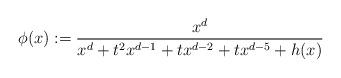
LaTeX: \begin{align*}{}\phi(x):=\frac{x^{d}}{x^d+t^2x^{d-1}+tx^{d-2}+tx^{d-5}+h(x)}\end{align*}